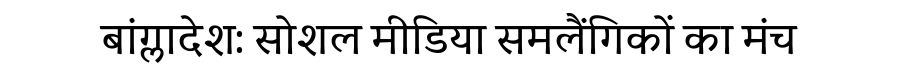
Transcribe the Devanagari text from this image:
बांग्लादेश: सोशल मीडिया समलैंगिकों का मंच